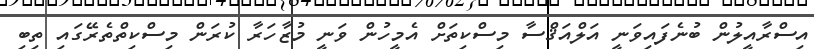
އިސްރާއީލުން ބުނެފައިވަނީ އަލްއަޤްސާ މިސްކިތަށް އެމީހުން ވަނީ މުޒާހަރާ ކުރަން މިސްކިތްތެރޭގައި ތިބި